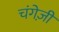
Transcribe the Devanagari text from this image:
चंगेज़ी